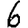
Digit: 6